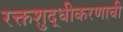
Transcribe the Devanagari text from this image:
रक्तशुद्धीकरणाची